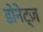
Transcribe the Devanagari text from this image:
डोनेट्ज़